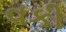
વકી